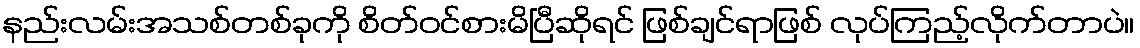
နည်းလမ်းအသစ်တစ်ခုကို စိတ်ဝင်စားမိပြီဆိုရင် ဖြစ်ချင်ရာဖြစ် လုပ်ကြည့်လိုက်တာပဲ။